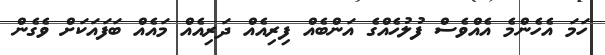
ހަމަ އެހެންމެ އެއްވެސް ފުލުހެއްގެ އަންބެއް ފިރިއެއް ދަރިއެއް މައެއް ބަފައަކަށް ވެގެން